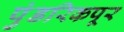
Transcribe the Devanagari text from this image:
पुंडरिकपूर